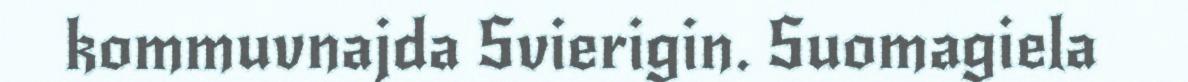
kommuvnajda Svierigin. Suomagiela